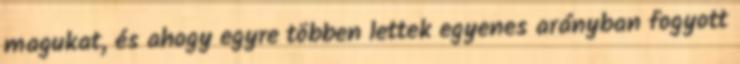
magukat, és ahogy egyre többen lettek egyenes arányban fogyott